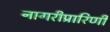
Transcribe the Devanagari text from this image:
नागरीप्रारिणी